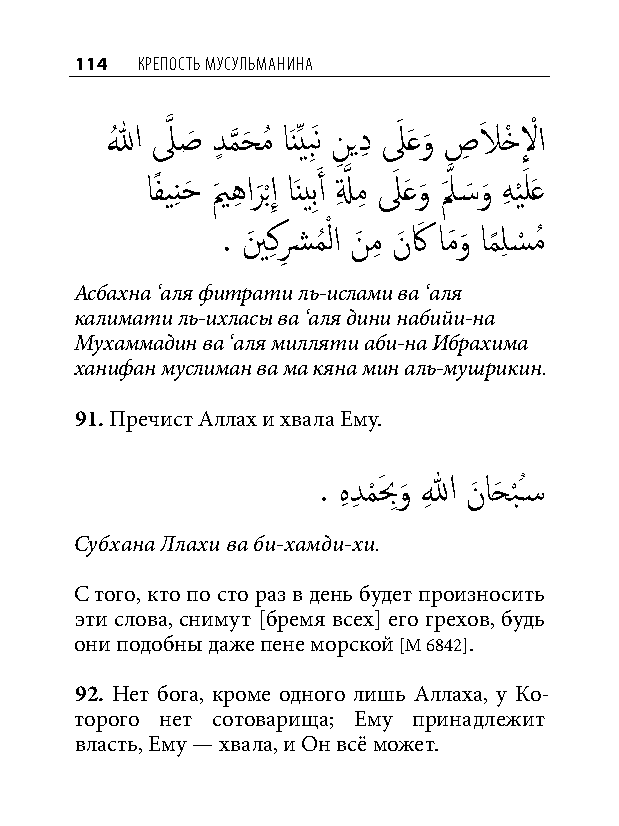
114 КреПость мусульманина
 اللهُ لَّذ صَ دٍ م
 َّذ
 حَ مُ اَنِّيبَِن نِ يدِ لَ َعو
 َ
 صِ لاَ خْ لِ ْ ا
 اًفينِ حَ يمَ هِ ار
 َ
 ب ْإِ اَنيبَِ أ لِ َّذ مِ لَ َعو
 َ
 لََّذ �َ و
 َ
 هِ ي َْ لَع
 . ينَ كِ شِ مُ ْ لا نَ مِ نَ كَ امَو
 َ
 ام
 ً
 لِ س
 ْ
 مُ
 Асбахна ‘аля фитрати ль-ислами ва ‘аля
 калимати ль-ихласы ва ‘аля дини набийи-на
 Мухаммадин ва ‘аля милляти аби-на Ибрахима
 ханифан муслиман ва ма кяна мин аль-мушрикин.
 91. Пречист Аллах и хвала Ему.
 . هِ دِ م
 ْ
 بَ ِو
 َ
 اللهِ نَ احَ ب
 ْ
 ُس�
 Субхана Ллахи ва би-хамди-хи.
 С того, кто по сто раз в день будет произносить
 эти слова, снимут [бремя всех] его грехов, будь
 они подобны даже пене морской [М 6842].
 92. Нет бога, кроме одного лишь Аллаха, у Ко-
 торого нет сотоварища; Ему принадлежит
 власть, Ему — хвала, и Он всё может.